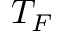
T _ { F }